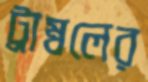
ট্রাম্বলের